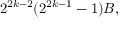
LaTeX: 2 ^ { 2 k - 2 } ( 2 ^ { 2 k - 1 } - 1 ) B ,